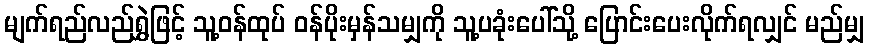
မျက်ရည်လည်ရွှဲဖြင့် သူ့ဝန်ထုပ် ဝန်ပိုးမှန်သမျှကို သူ့ပခုံးပေါ်သို့ ပြောင်းပေးလိုက်ရလျှင် မည်မျှ